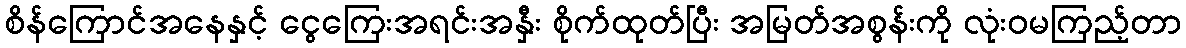
စိန်ကြောင်အနေနှင့် ငွေကြေးအရင်းအနှီး စိုက်ထုတ်ပြီး အမြတ်အစွန်းကို လုံးဝမကြည့်တာ